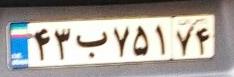
۴۳ب۷۵۱۷۴